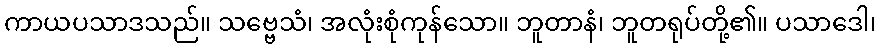
ကာယပသာဒသည်။ သဗ္ဗေသံ၊ အလုံးစုံကုန်သော။ ဘူတာနံ၊ ဘူတရုပ်တို့၏။ ပသာဒေါ၊